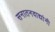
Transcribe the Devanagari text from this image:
सनातनवाद्यांनी